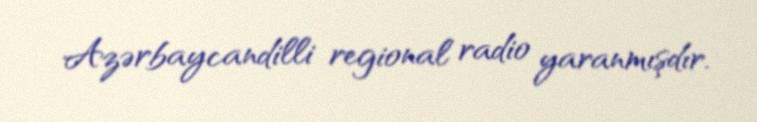
Azərbaycandilli regional radio yaranmışdır.